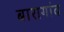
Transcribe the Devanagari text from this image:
बारागांव